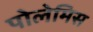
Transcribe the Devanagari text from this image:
पोलेमिस